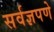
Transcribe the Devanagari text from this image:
सर्वज्ञपणे